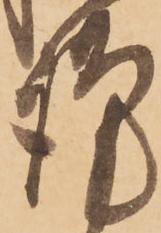
謹